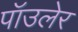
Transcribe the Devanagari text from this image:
पॉउलेर